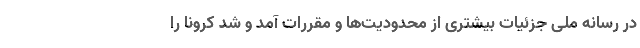
در رسانه ملی جزئیات بیشتری از محدودیت‌ها و مقررات آمد و شد کرونا را